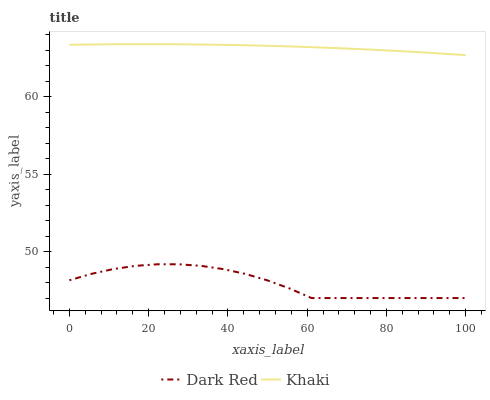
| xaxis_label | Dark Red | Khaki |
 | --- | --- | --- |
 | 0 | 48.2 | 63.4 |
 | 5.56 | 48.6 | 63.4 |
 | 11.1 | 48.9 | 63.4 |
 | 16.7 | 49.1 | 63.4 |
 | 22.2 | 49.2 | 63.4 |
 | 27.8 | 49.2 | 63.4 |
 | 33.3 | 49.1 | 63.4 |
 | 38.9 | 48.9 | 63.4 |
 | 44.4 | 48.6 | 63.3 |
 | 50 | 48.1 | 63.3 |
 | 55.6 | 47.6 | 63.3 |
 | 61.1 | 47 | 63.2 |
 | 66.7 | 47 | 63.2 |
 | 72.2 | 47 | 63.1 |
 | 77.8 | 47 | 63 |
 | 83.3 | 47 | 63 |
 | 88.9 | 47 | 62.9 |
 | 94.4 | 47 | 62.8 |
 | 100 | 47 | 62.7 |